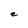
Character: e